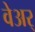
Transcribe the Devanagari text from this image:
वेअर्